Vaccination in Burma 1912-1922 - 1912-1922
Year: 1912
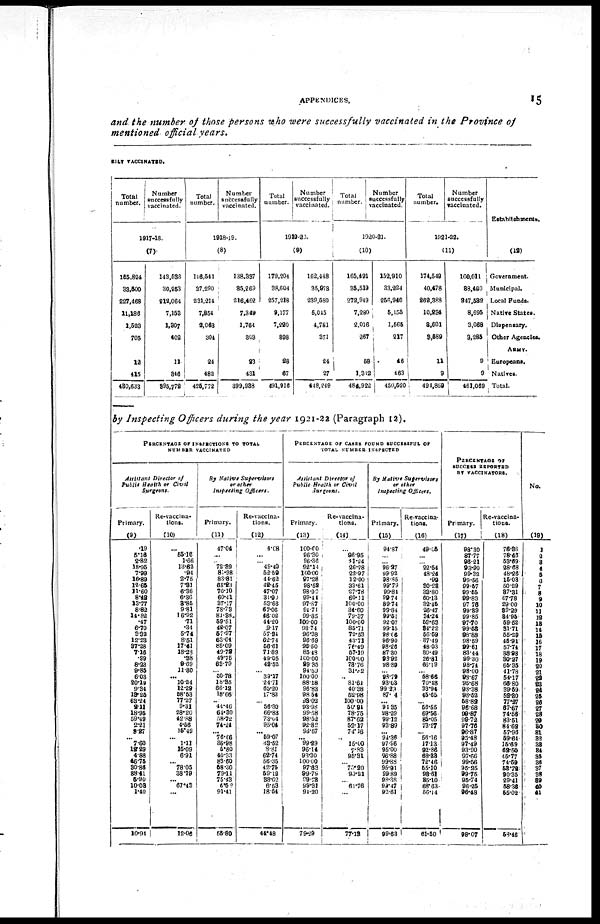
APPENDICES.
15
and the number of those persons who were successfully vaccinated in the Province of
mentioned official years.
RILY VACCINATED.
Total
number.
Number
successfully
vaccinated.
1917-18.
(7)
155,824
33,500
227,468
11,186
1,523
705
12
415
430,633
143,536
30,953
212,064
7,153
1,307
402
11
346
395,772
Total
number.
Number
successfully
vaccinated.
1918-19.
(8)
146,541
37,290
231,214
7,854
2,063
304
24
482
425,772
138,337
35,269
216,462
7,349
1,764
303
23
431
399,938
Total
number.
Number
successfully
vaccinated.
1919-20.
(9)
179,204
38,604
257,218
9,177
7,220
398
28
67
491,916
162,448
35,973
289,580
5,045
4,781
371
24
27
448,249
Total
number.
Number
successfully
vaccinated.
1920-21.
(10)
165,491
35,519
272,949
7,280
2,016
267
58
1,312
484,922
152,910
33,224
256,940
5,155
1,565
217
46
463
450,520
Total
number.
Number
successfully
vaccinated.
1921-22.
(11)
174,549
40,478
262,388
10,234
8,601
3,589
11
9
494,859
160,011
38,460
247,532
8,695
3,068
9,285
9
9
461,069
Establishments.
(12)
Government.
Municipal.
Local Funds.
Native States.
Dispensary.
Other Agencies.
ARMY.
Europeans.
Natives.
Total.
by Inspecting Officers during the year 1921-22 (Paragraph 12).
PERCENTAGE OF INSPECTIONS TO TOTAL
NUMBER VACCINATED
Assistant Director of
Public Health or Civil
Surgeons.
Primary.
(9)
.19
5.16
2.82
18.95
7.99
16.89
12.65
11.60
8.42
13.77
8.82
14.82
.47
6.70
3.32
12.23
37.28
7.16
.99
8.23
9.85
6.03
20.19
9.34
13.25
68.24
2.11
18.95
59.49
2.21
9.27
...
7.60
12.29
4.88
46.75
30.86
38.41
5.90
10.03
1.40
10.94
Re-vaccina¬
tions.
(10)
...
55.16
1.66
13.62
.94
2.75
7.31
6.36
6.36
3.85
9.81
16.92
.71
.34
5.74
8.51
17.41
18.28
.38
9.69
11.30
... 10.24
12.29
58.53
77.27
9.31
28.20
42.88
4.56
15.42
... 1.11
15.09
6.91
... 78.05
38.19
... 67.43
...
12.06
By Native Supervisors
or other
Inspecting Officers.
Primary.
(11)
47.04
...
... 72.89
81.98
83.81
68.23
70.10
60.41
37.17
78.73
81.38
59.51
42.07
57.97
63.04
85.09
49.72
49.75
63.79
... 50.78
18.86
66.19
18.66
... 44.46
64.30
58.72
74.24
... 76.66
36.98
5.80
40.33
83.60
58.30
79.11
75.43
6.52
91.41
55.80
Re-vaccina¬
tions.
(12)
4.08
...
... 49.40
52.59
44.62
42.45
47.07
31.90
53.66
67.06
46.02
44.20
9.17
57.94
62.74
56.61
71.89
49.05
49.52
...
39.17
24.71
65.20
17.83
... 56.30
66.83
73.04
95.04
... 59.07
38.52
8.81
62.74
56.35
42.75
59.12
38.62
6.53
18.54
44.48
PERCENTAGE OF CASES FOUND SUCCESSFUL OF
TOTAL NUMBER INSPECTED
Assistant Director of
Public Health or Civil
Surgeons.
Primary.
(13)
100.00
96.30
96.36
92.14
100.00
97.28
98.52
98.90
99.44
97.87
94.71
99.85
100.00
98.74
96.38
96.69
96.50
85.48
100.00
99.35
94.59
100.00
88.18
96.83
98.54
93.03
93.98
99.58
98.52
92.82
96.57
... 99.29
96.14
93.30
100.00
97.63
99.79
99.73
99.31
91.20
79.29
Re-vaccina-
tions.
(14)
...
96.95
41.24
26.28
22.97
12.00
33.61
27.78
60.11
100.00
34.60
79.37
100.00
85.71
72.53
43.71
76.49
57.19
100.00
73.76
31.82
.. 81.61
40.38
52.98
100.00
50.94
78.75
87.62
52.17
74.16
...
15.00
7.83
95.31
...
70.20
90.21
... 61.76
...
77.13
By Native
Supervisors
or other
Inspecting Officers.
Primary.
(15)
94.87
...
... 96.27
99.92
98.85
99.79
99.84
99.74
89.74
99.84
99.51
92.07
99.15
98.06
96.90
98.26
87.30
98.92
98.89
... 98.79
93.03
99.29
87.04
... 94.35
98.29
99.12
93.89
... 94.36
97.96
95.00
96.88
99.88
95.91
99.89
98.38
99.47
92.61
99.63
Re-vaccina-
tions.
(16)
49.05
...
... 22.54
48.24
.99
30.23
33.80
60.13
32.45
26.47
34.24
53.63
34.22
56.59
37.49
48.03
30.49
26.81
66.19
... 58.66
70.48
33.94
45.65
... 56.55
69.56
85.05
73.27
... 56.16
17.13
92.86
68.33
72.46
55.10
93.61
35.10
68.63
56.14
61.50
PERCENTAGE OF
SUCCESS REPORTED
BY VACCINATORS.
Primary.
(17)
98.30
87.77
96.21
93.90
99.32
99.56
99.57
99.55
99.83
97.76
99.89
99.85
97.70
99.53
98.88
98.59
99.61
83.44
99.30
98.74
98.00
98.67
95.68
93.38
98.52
58.82
96.68
99.87
99.72
97.76
96.87
95.48
97.49
93.90
97.66
99.56
95.25
99.75
95.74
96.25
96.48
98.07
Re-vaccina¬
tions.
(18)
76.36
78.46
53.69
28.68
48.26
15.03
50.29
87.31
67.78
29.00
39.29
84.95
59.52
31.71
55.29
45.91
57.74
38.98
30.27
65.35
41.78
54.17
66.80
39.59
52.80
77.27
67.67
74.56
83.51
84.62
57.96
59.64
15.69
62.50
45.77
74.59
53.72
90.35
29.41
58.36
55.02
58.46
No.
(19)
1
2
3
4
5
6
7
8
9
10
11
12
13
14
15
16
17
18
19
20
21
22
23
24
25
26
27
28
29
30
31
32
33
34
35
36
37
38
39
40
41